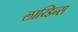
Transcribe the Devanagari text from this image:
लाय्डिन्स